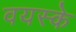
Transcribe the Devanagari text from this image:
वयस्के